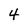
Character: 4